Document type: Pledge
Year: 1265
Scribe: Pere Marc
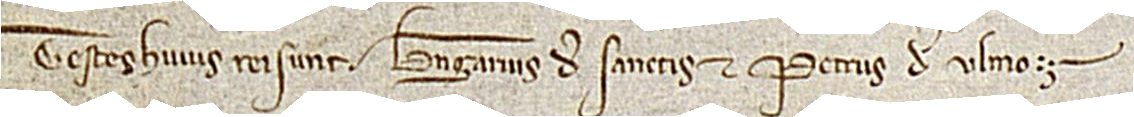
Testes huius rei sunt: Berengarius de Sanctis et Petrus de Ulmo.